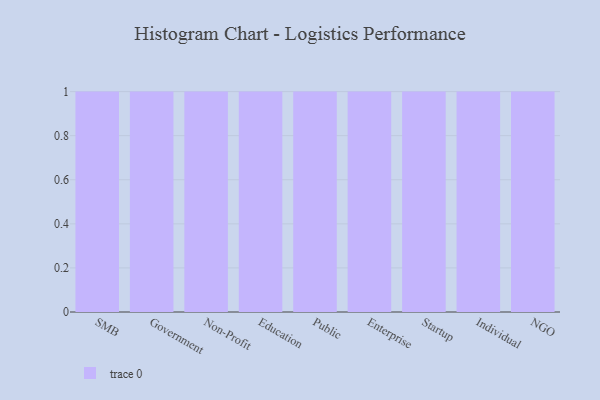
{"axis": {"x": "Segment", "y": "Satisfaction Score"}, "legend": [""], "data": [{"x": "SMB", "y": 46, "type": ""}, {"x": "Government", "y": 58, "type": ""}, {"x": "Non-Profit", "y": 8, "type": ""}, {"x": "Education", "y": 85, "type": ""}, {"x": "Public", "y": 18, "type": ""}, {"x": "Enterprise", "y": 99, "type": ""}, {"x": "Startup", "y": 90, "type": ""}, {"x": "Individual", "y": 51, "type": ""}, {"x": "NGO", "y": 4, "type": ""}]}